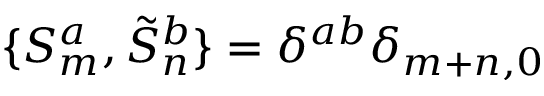
\{ S _ { m } ^ { a } , \tilde { S } _ { n } ^ { b } \} = \delta ^ { a b } \delta _ { m + n , 0 }